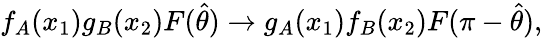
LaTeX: f_{A}(x_{1})g_{B}(x_{2})F(\hat{\theta})\rightarrow g_{A}(x_{1})f_{B}(x_{2})F(\pi-\hat{\theta}),